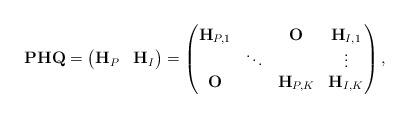
LaTeX: \begin{align*} \mathbf{P}\mathbf{H}\mathbf{Q} = \begin{pmatrix} \mathbf{H}_P & \mathbf{H}_I \end{pmatrix} = \begin{pmatrix} \mathbf{H}_{P,1} & & \mathbf{O} & \mathbf{H}_{I,1}\\ &\ddots & & \vdots \\ \mathbf{O} & & \mathbf{H}_{P,K} & \mathbf{H}_{I,K} \end{pmatrix}, \end{align*}